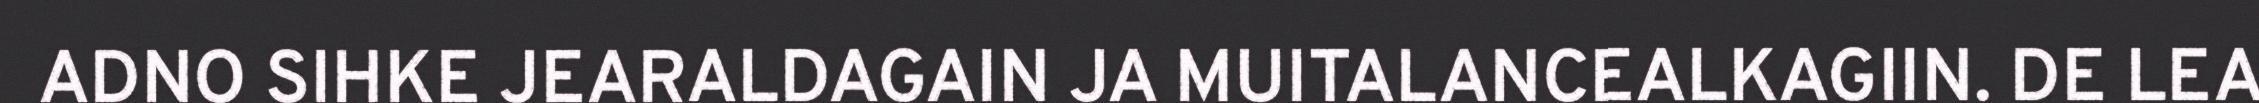
ADNO SIHKE JEARALDAGAIN JA MUITALANCEALKAGIIN. DE LEA